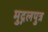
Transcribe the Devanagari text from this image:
मुद्गलपुत्र